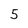
Character: 5